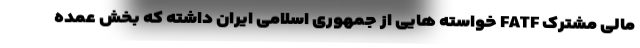
مالی مشترک FATF خواسته هایی از جمهوری اسلامی ایران داشته که بخش عمده